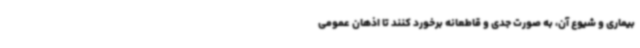
بیماری و شیوع آن، به صورت جدی و قاطعانه برخورد کنند تا اذهان عمومی